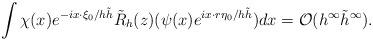
LaTeX: \begin{align*}\int\chi(x)e^{-ix\cdot \xi_0/h\Tilde{h}}\tilde{R}_h(z)(\psi(x)e^{ix\cdot r\eta_0/h\Tilde{h}})dx=\mathcal{O}(h^\infty\Tilde{h}^\infty).\end{align*}